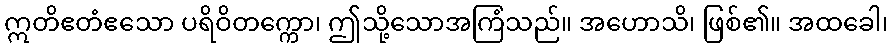
ဣတိဧတံဧသော ပရိဝိတက္ကော၊ ဤသို့သောအကြံသည်။ အဟောသိ၊ ဖြစ်၏။ အထခေါ၊